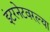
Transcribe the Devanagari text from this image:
इंटरनेटवरल्या